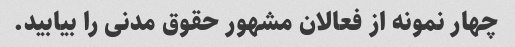
چهار نمونه از فعالان مشهور حقوق مدنی را بیابید.